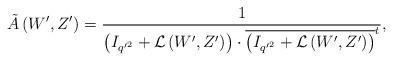
LaTeX: \begin{align*}\tilde{A}\left(W',Z'\right)=\frac{1}{\left(I_{{q'}^{2}} +\mathcal{L}\left(W',Z'\right)\right)\cdot\overline{\left(I_{{q'}^{2}} +\mathcal{L}\left(W',Z'\right)\right)}^{t}},\end{align*}